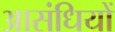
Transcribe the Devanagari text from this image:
आसंधियों